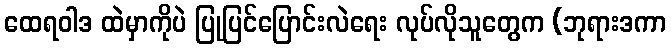
ထေရဝါဒ ထဲမှာကိုပဲ ပြုပြင်ပြောင်းလဲရေး လုပ်လိုသူတွေက (ဘုရားဒကာ